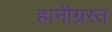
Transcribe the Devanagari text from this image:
हानीग्रस्त